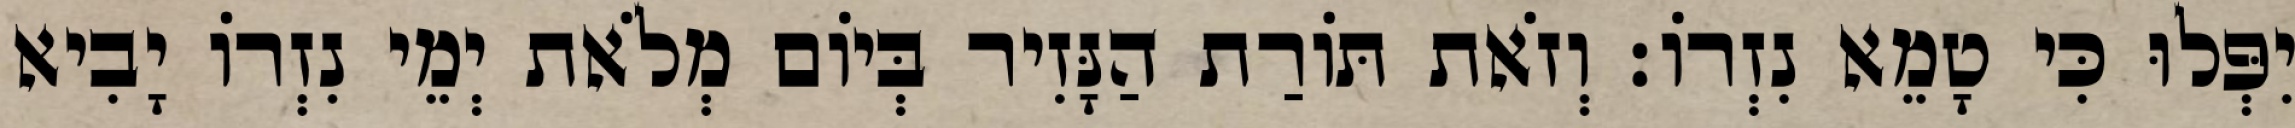
יִפְּלוּ כִּי טָמֵא נִזְרוֹ׃ וְזֹאת תּוֹרַת הַנָּזִיר בְּיוֹם מְלֹאת יְמֵי נִזְרוֹ יָבִיא